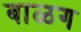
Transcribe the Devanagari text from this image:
बाळग